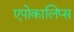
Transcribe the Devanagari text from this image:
एपोकालिप्स